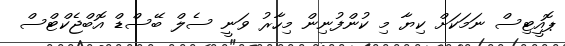
ޕޮއީޓިސް ނަމަކަށް ކިޔާ މި ކުންފުނިން މިހާރު ވަނީ ސެލް ބޭސްޑް އޮބްޖެކްޓްސް